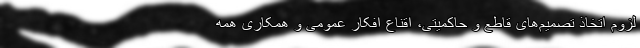
لزوم اتخاذ تصمیم‌های قاطع و حاکمیتی، اقناع افکار عمومی و همکاری همه